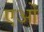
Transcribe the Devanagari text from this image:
एओं